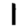
Digit: 1